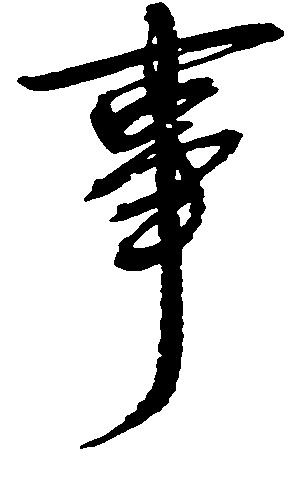
事